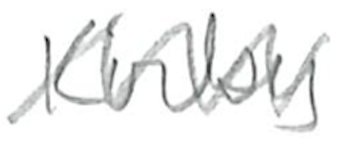
Text: Kirby
Cross-out: zig-zag
Writing tool: pencil